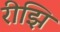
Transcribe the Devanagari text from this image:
रीझि